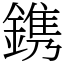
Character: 鎸